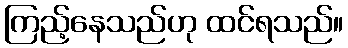
ကြည့်နေသည်ဟု ထင်ရသည်။